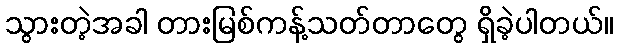
သွားတဲ့အခါ တားမြစ်ကန့်သတ်တာတွေ ရှိခဲ့ပါတယ်။